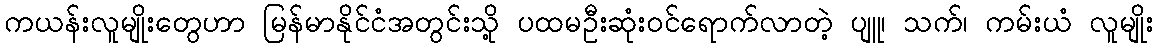
ကယန်းလူမျိုးတွေဟာ မြန်မာနိုင်ငံအတွင်းသို့ ပထမဦးဆုံးဝင်ရောက်လာတဲ့ ပျူ၊ သက်၊ ကမ်းယံ လူမျိုး